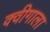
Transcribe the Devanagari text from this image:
क्वीगाला